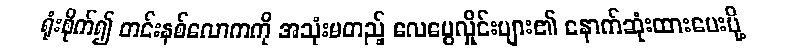
ရုံးစိုက်၍ တင်းနစ်လောကကို အသုံးမတည့် လေပွေလှိုင်းများ၏ နောက်ဆုံးထားပေးပို့